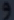
9